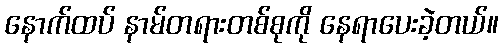
နောက်ထပ် နာမ်တရားတစ်စုကို နေရာပေးခဲ့တယ်။